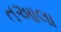
તઆલા